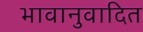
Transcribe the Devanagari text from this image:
भावानुवादित